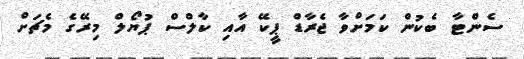
ސެންޓާ ބެކުން ކަމަށްވާ ޖެރާޑް ޕީކޭ އާއި ކާލްސް ޕުޔޯލް މިރޭގެ މެޗަށް